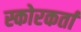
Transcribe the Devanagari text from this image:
स्कोरकर्ता